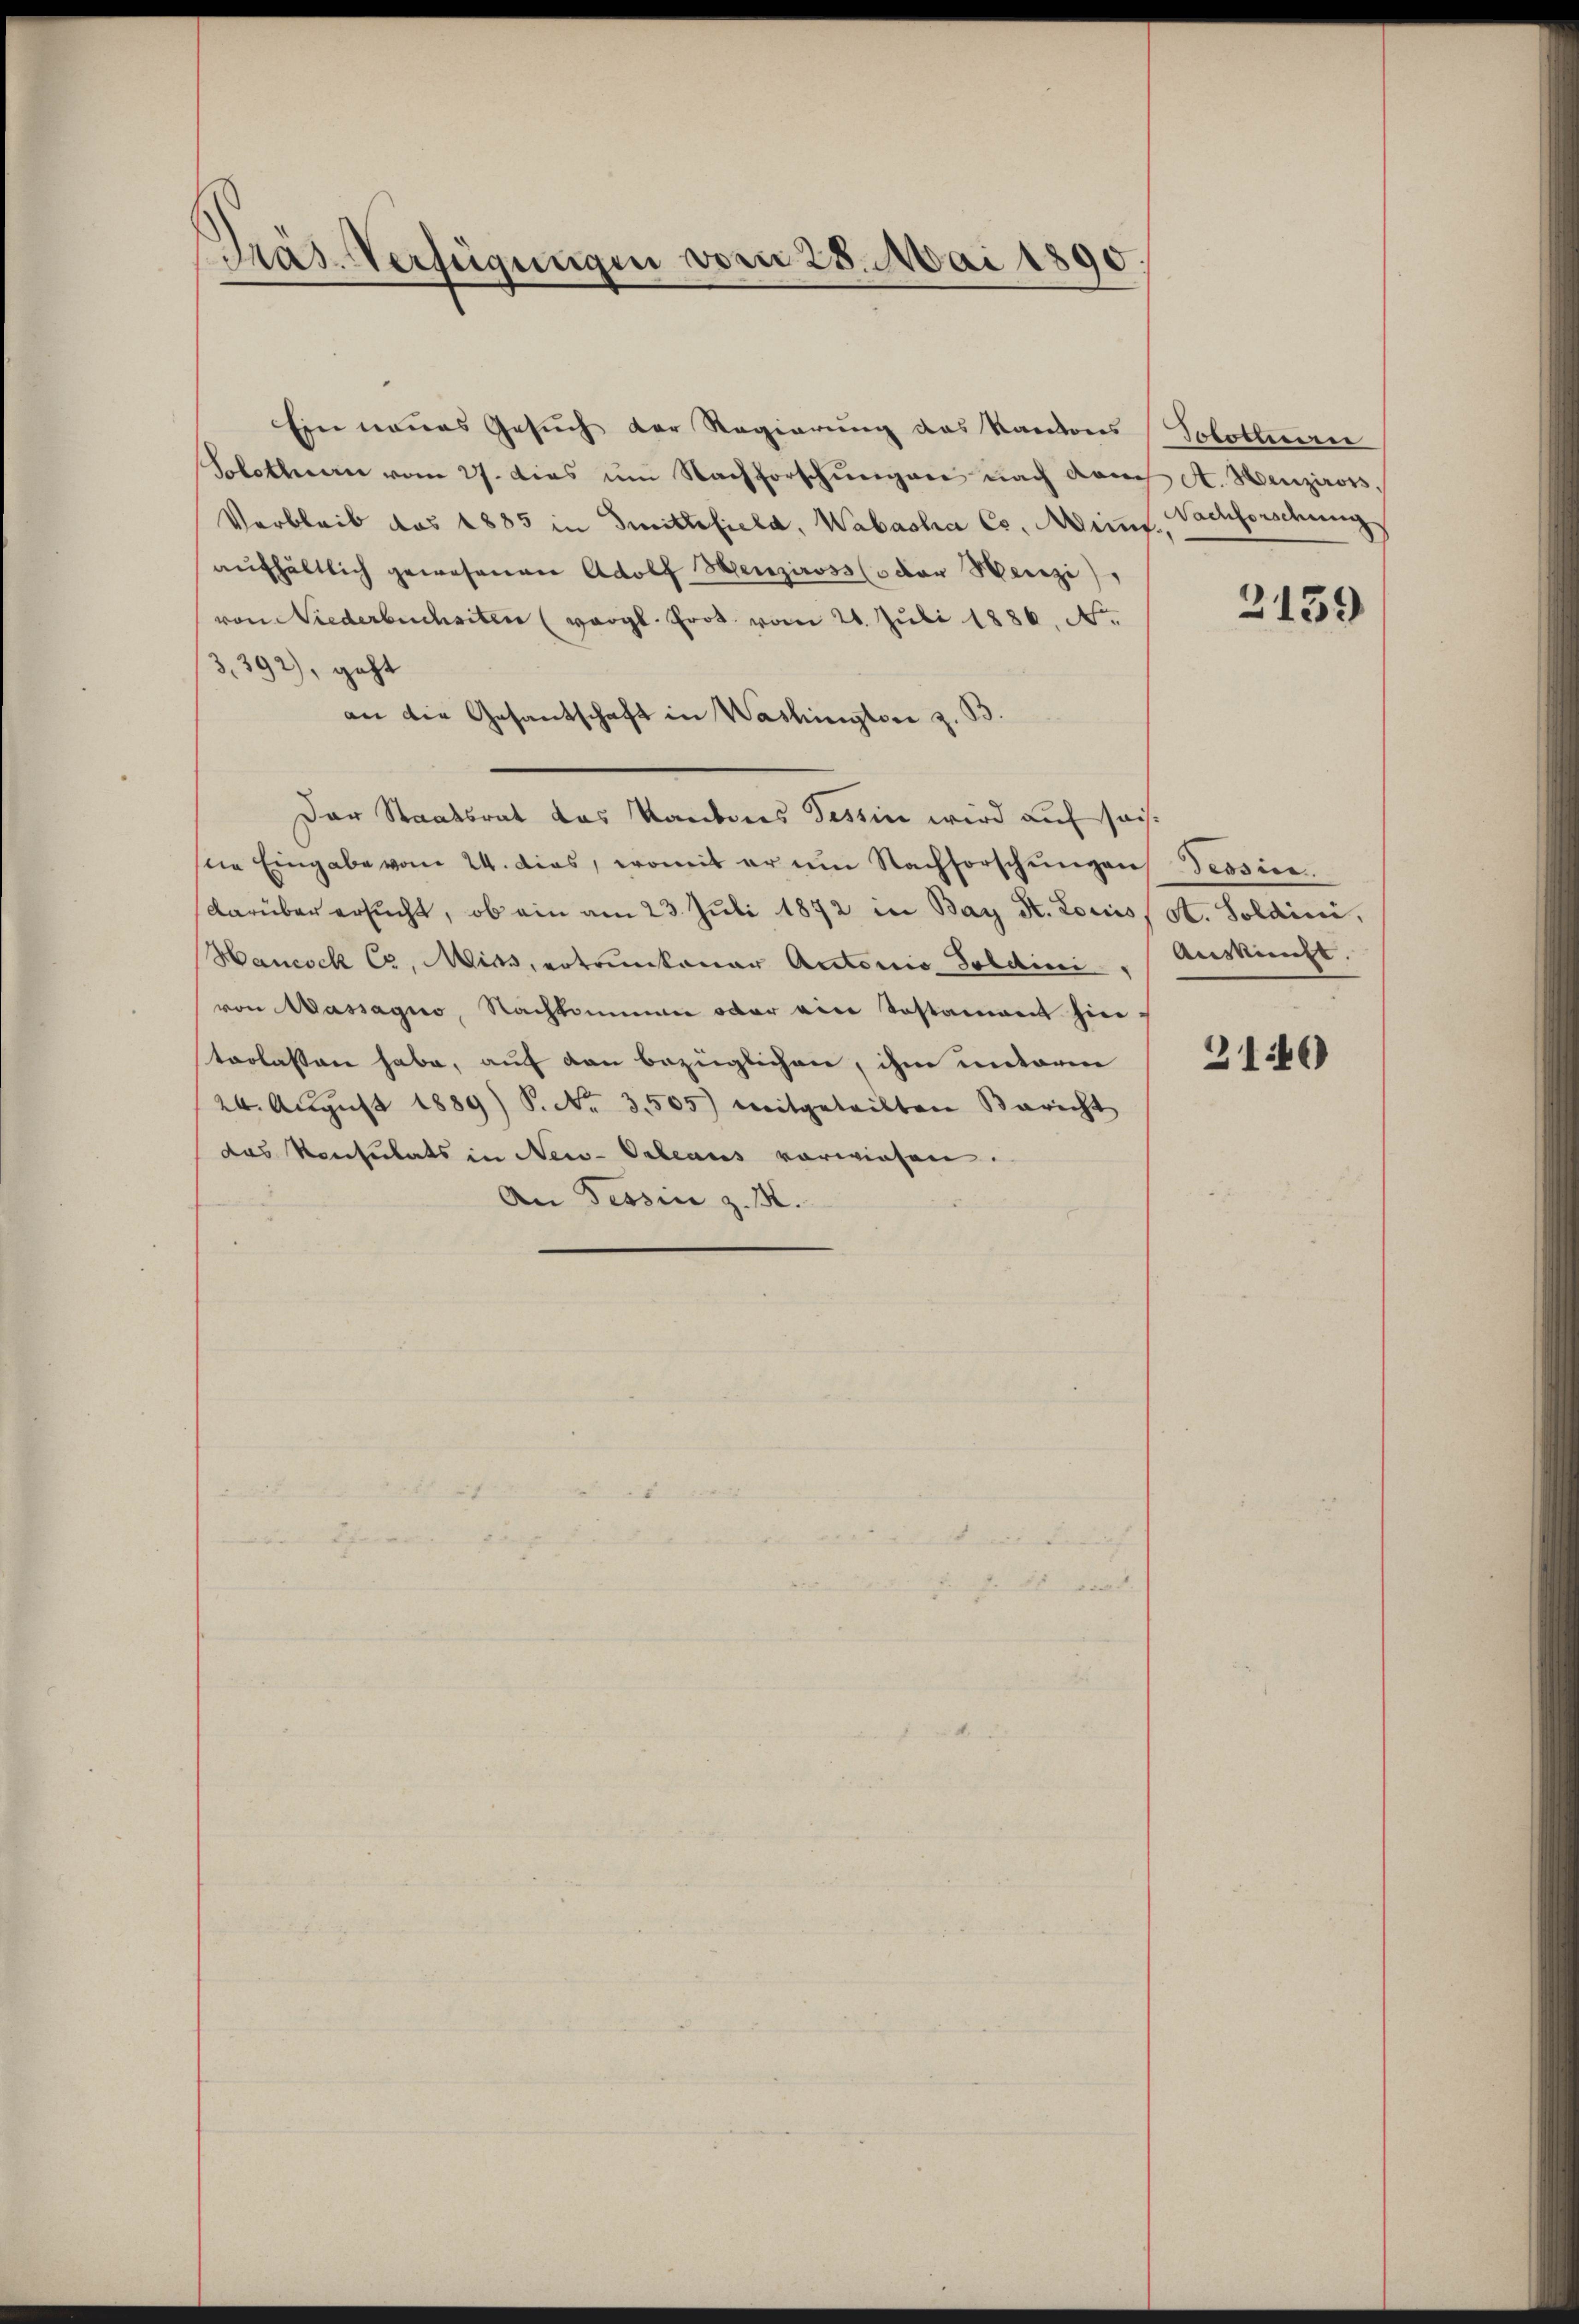
Präs. Verfügungen vom 28. Mai 1890.

Ein neues Gesuch der Regierung des Kantons
Solothurn vom 27. dies im Nachforschŭngen nach doch A. Henziross
Verbleib das 1885 in Smittefiela, Wabasha Cs. eins. Nachforschung
aufhältlich gewesenen Adolf Henziross (oder Herzi),
von Niederbuchsten (vergl. Prot. vom 21. Juli 1886, N.
3,392), geht
an die Gesantschaft in Washingtore z. B.
Der Staatsrat das Kantones Tessin wird auf seine Eingabe vom 24. dies, womit er im Nachforschŭngen Tessier
darüber ersŭcht, ob ein am 23. Juli 1872 in Bay St. Louis, St. Soldini,
Haucock Cr, Miss, ertrunkener Autoris Soldini. Auskunft.
von Wassagio, Nachkommen oder eine Testament hierterlassen habe, auf den bezüglichen, ihm unterm
24. Aŭgŭst 1889) S. Nr. 3505) mitgeteilten Bericht
das Konsulats in New-Orleaus vorwiesen.
An Tessin z. B.

Jotomimen

310

2159